Scientific memoirs by medical officers of the Army of India - Part XII,
Year: 1901
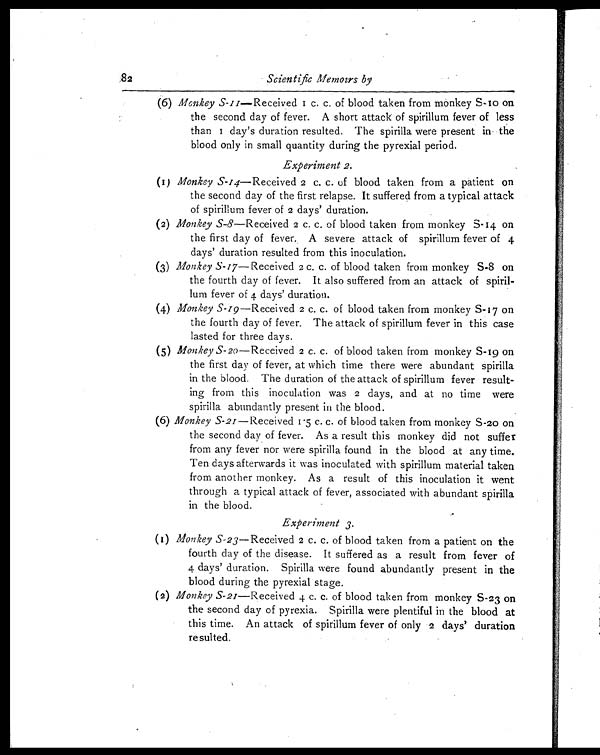
82
Scientific Memoirs by
(6) Monkey S-11—Recei ved 1 c. c. of bl ood t aken f r om monkey S- 10 on
the second day of fever. A short attack of spirillum fever of less
t h a n 1 d a y ' s d u r a t i o n r e s u l t e d . T h e s p i r i l l a w e r e p r e s e n t i n t h e
blood only in small quantity during the pyrexial period.
Experiment 2.
(1) Monkey S-14—Received 2 c. c. of blood taken from a patient on
the second day of the first relapse. It suffered from a typical attack
of spirillum fever of 2 days' duration.
(2) Monkey S-8 —Received 2 c. c. of blood taken from monkey S-14 on
the first day of fever. A severe attack of spirillum fever of 4
days' duration resulted from this inoculation.
(3) Monkey S-17—Received 2 c. c. of blood taken from monkey S-8 on
the fourth day of fever. It also suffered from an attack of spiril-
lum fever of 4 days' duration.
(4) Monkey S-19—Received 2 c. c. of blood taken from monkey S-17 on
the fourth day of fever. The attack of spirillum fever in this case
lasted for three days.
(5) Monkey S-20—Received 2 c. c. of blood taken from monkey S-19 on
the first day of fever, at which time there were abundant spirilla
in the blood. The duration of the attack of spirillum fever result-
ing from this inoculation was 2 days, and at no time were
spirilla abundantly present in the blood.
(6) Monkey S-21—Received 1.5 c. c. of blood taken from monkey S -20 on
the second day of fever. As a result this monkey did not suffer
from any fever nor were spirilla found in the blood at any time.
Ten days afterwards it was inoculated with spirillum material taken
from another monkey. As a result of this inoculation it went
through a typical attack of fever, associated with abundant spirilla
in the blood.
Experiment 3.
(1) Monkey S-23—Received 2 c. c. of blood taken from a patient on the
fourth day of the disease. It suffered as a result from fever of
4 days' duration. Spirilla were found abundantly present in the
blood during the pyrexial stage.
(2) Monkey S-21—Received 4 c. c. of blood taken from monkey S-23 on
the second day of pyrexia. Spirilla were plentiful in the blood at
this time. An attack of spirillum fever of only 2 days' duration
resulted.